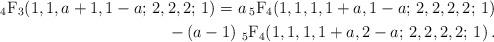
LaTeX: \begin{align*} \displaystyle {\mbox{$_4$F$_3$}(1,1,a+1,1-a;\,2,2,2;\,1)}=a\,{\mbox{$_5$F$_4$}(1,1,1,1+a,1-a;\,2,2,2,2;\,1)} \\-\left( a-1 \right)\, {\mbox{$_5$F$_4$}(1,1,1,1+a,2-a;\,2,2,2,2;\,1)}\,.\end{align*}